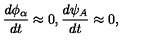
{ \frac { d { \phi _ { \alpha } } } { d t } } \approx 0 , { \frac { d { \psi _ { A } } } { d t } } \approx 0 ,